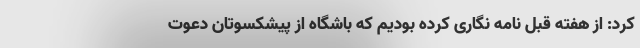
کرد: از هفته قبل نامه نگاری کرده بودیم که باشگاه از پیشکسوتان دعوت